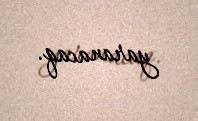
yaranacaq.